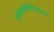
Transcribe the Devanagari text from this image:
ग्लाइकोसमिनोग्लाइकन